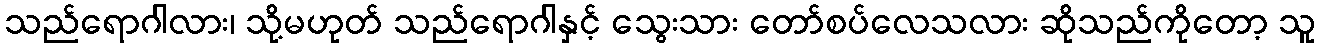
သည်ရောဂါလား၊ သို့မဟုတ် သည်ရောဂါနှင့် သွေးသား တော်စပ်လေသလား ဆိုသည်ကိုတော့ သူ